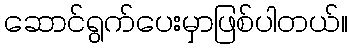
ဆောင်ရွက်ပေးမှာဖြစ်ပါတယ်။